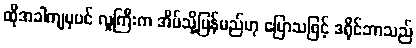
ထိုအခါကျမှပင် လူကြီးက အိမ်သို့ပြန်မည်ဟု ပြောသဖြင့် ဒရိုင်ဘာသည်